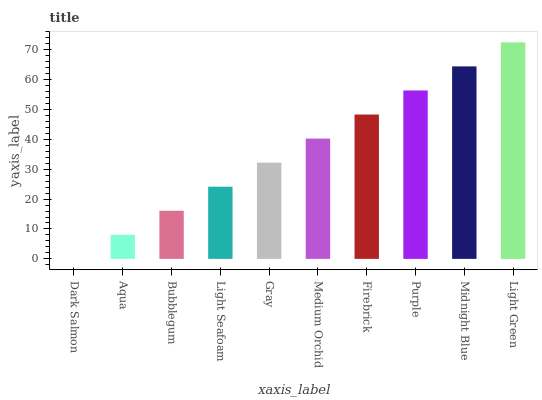
| xaxis_label | bars |
 | --- | --- |
 | Dark Salmon | 0 |
 | Aqua | 8.04 |
 | Bubblegum | 16.1 |
 | Light Seafoam | 24.1 |
 | Gray | 32.2 |
 | Medium Orchid | 40.2 |
 | Firebrick | 48.3 |
 | Purple | 56.3 |
 | Midnight Blue | 64.3 |
 | Light Green | 72.4 |